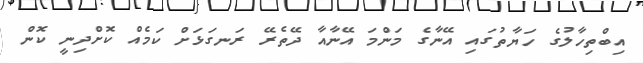
އިބްތިހާލުގެ ހަޔާތުގައި އޭނާގެ މަންމަ އޭނާއާ ދޭތެރޭ ރަނގަޅަށް ކަމެެއް ކޮށްދިނީ ކޮން